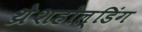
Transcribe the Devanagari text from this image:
थ्रेशहोल्डिंग